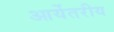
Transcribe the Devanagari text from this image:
आर्येतरीय